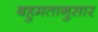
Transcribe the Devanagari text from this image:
बहुमतानुसार